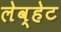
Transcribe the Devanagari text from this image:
लेव्हेट